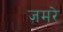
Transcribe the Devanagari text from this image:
ज़मरे